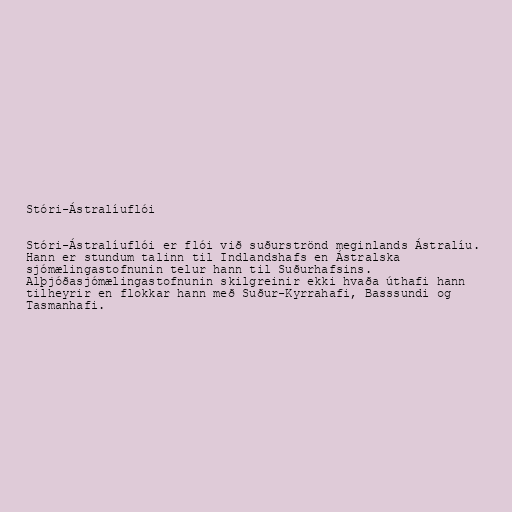
Stóri-Ástralíuflói

Stóri-Ástralíuflói er flói við suðurströnd meginlands Ástralíu.
Hann er stundum talinn til Indlandshafs en Ástralska
sjómælingastofnunin telur hann til Suðurhafsins.
Alþjóðasjómælingastofnunin skilgreinir ekki hvaða úthafi hann
tilheyrir en flokkar hann með Suður-Kyrrahafi, Basssundi og
Tasmanhafi.